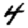
Digit: 4